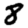
Digit: 8